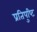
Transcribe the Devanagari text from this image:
प्रतिपुष्‍टि